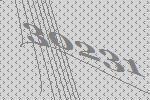
30231